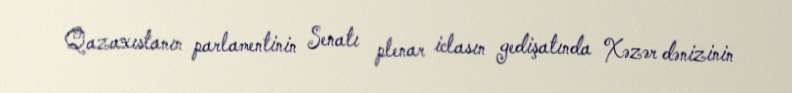
Qazaxıstanın parlamentinin Senatı plenar iclasın gedişatında Xəzər dənizinin